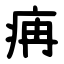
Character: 㾆